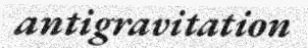
antigravitation